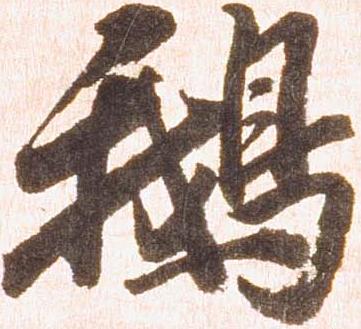
鵝